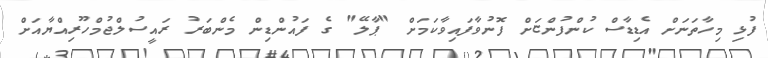
ފުޅި މިހާތަނަށް އެޑިޑާސް ކުންފުންޏަށް ފޮނުވާފައިވާކަމަށް "ޕާލޭ" ގެ ފައުންޑިން މެންބަރު ރައީސުލްޖުމްހޫރިއްޔާއަށް